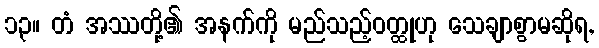
၁၃။ တံ အဿတို့၏ အနက်ကို မည်သည့်ဝတ္ထုဟု သေချာစွာမဆိုရ,